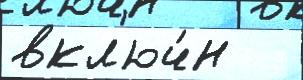
вкл'юч́н